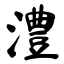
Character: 澧